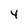
Character: 4